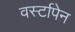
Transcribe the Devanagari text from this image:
वर्स्टापेन